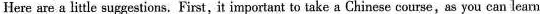
Here are a little suggestions, First, it important to take a Chinese course,as you can leam